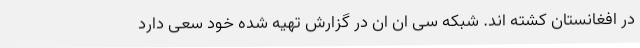
در افغانستان کشته اند. شبکه سی ان ان در گزارش تهیه شده خود سعی دارد